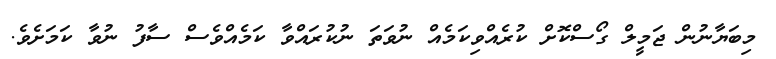
މިބަޔާނުން ޖަމީލް ގޯސްކޮށް ކުރެއްވިކަމެއް ނުވަތަ ނުކުރައްވާ ކަމެއްވެސް ސާފު ނުވާ ކަމަށެވެ.